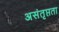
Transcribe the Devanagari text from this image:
असंतृप्तता